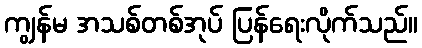
ကျွန်မ အသစ်တစ်အုပ် ပြန်ရေးလိုက်သည်။